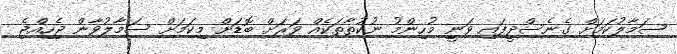
ސަމާލުކަމަށް ގެނެސްދީފައި ވަނީ މުހިންމު ނުކުތާތަކެއް ވަރަށް ބޮޑަށް މިކަމަށް ސަމާލުވާން ޖެހިއްޖެ